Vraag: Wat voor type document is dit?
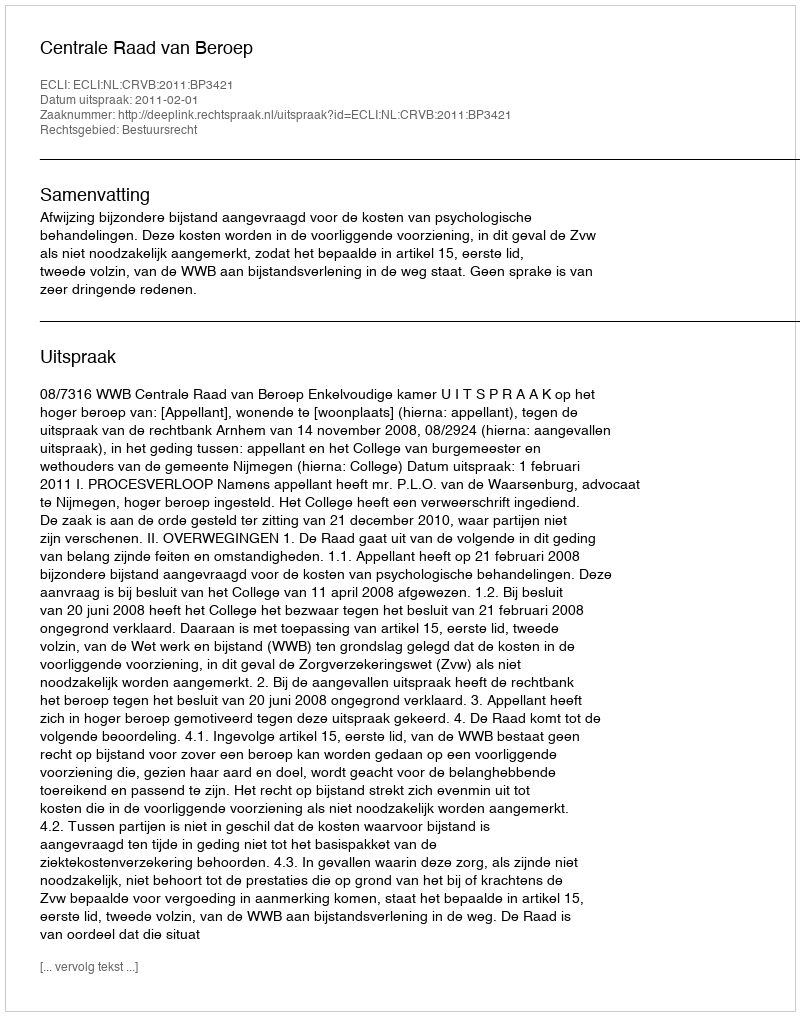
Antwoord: Uitspraak